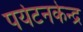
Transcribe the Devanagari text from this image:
पर्यटनकेन्द्र